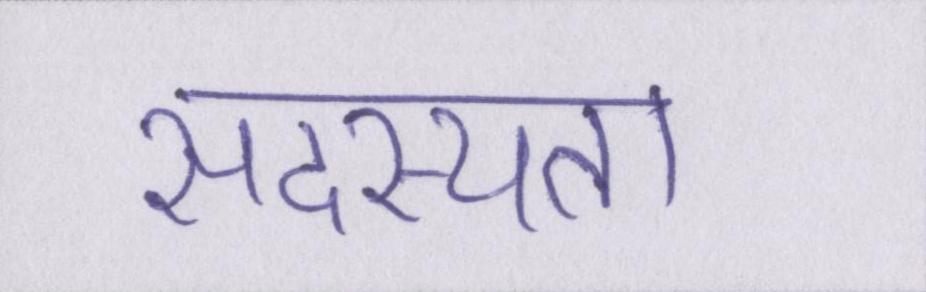
सदस्यता